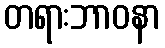
တရားဘာဝနာ